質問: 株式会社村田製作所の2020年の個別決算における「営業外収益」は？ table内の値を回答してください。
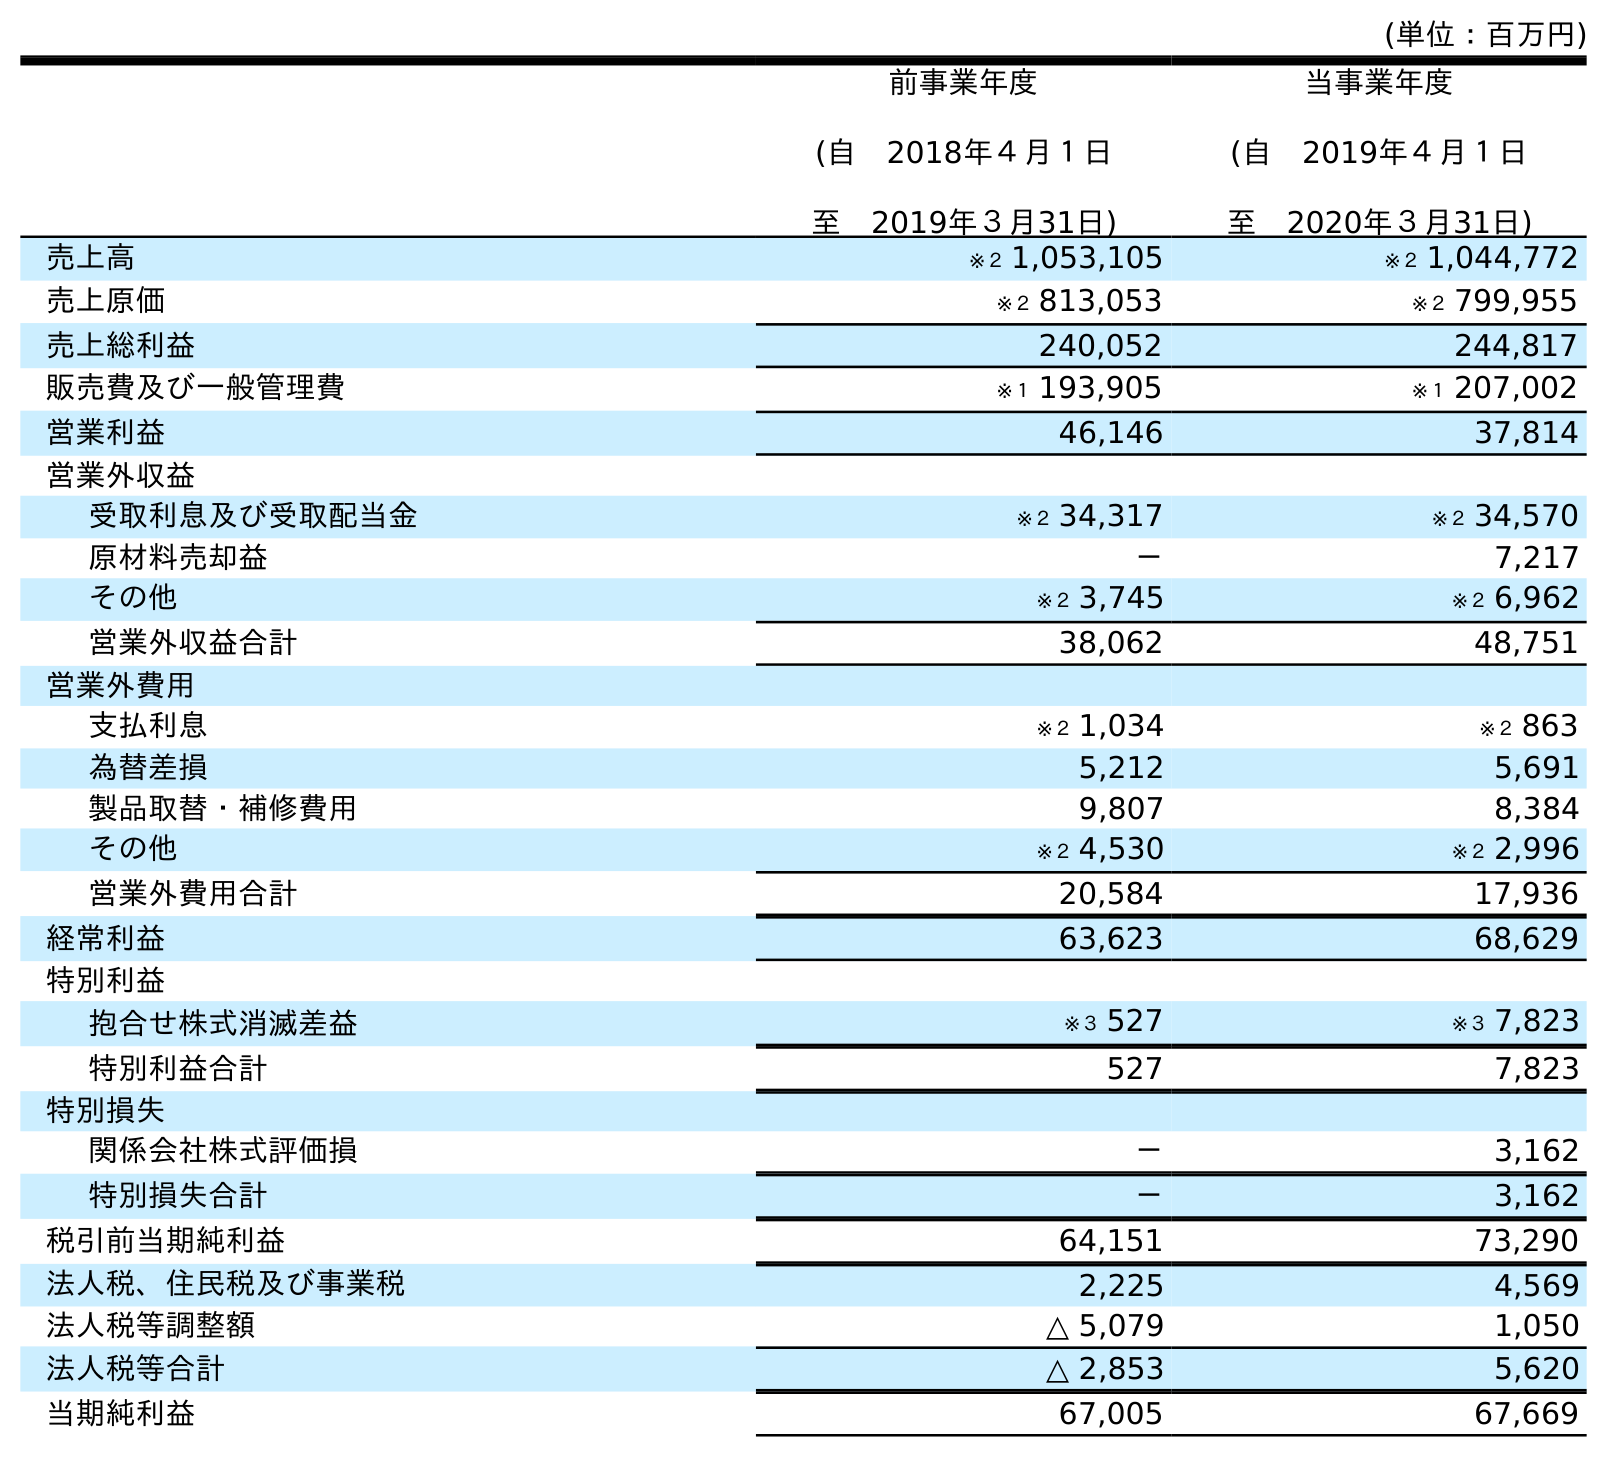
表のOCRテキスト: (単位：百万円) 前事業年度 (自 2018年４月１日 至 2019年３月31日) 当事業年度 (自 2019年４月１日 至 2020年３月31日) 売上高 ※２ 1,053,105 ※２ 1,044,772 売上原価 ※２ 813,053 ※２ 799,955 売上総利益 240,052 244,817 販売費及び一般管理費 ※１ 193,905 ※１ 207,002 営業利益 46,146 37,814 営業外収益 受取利息及び受取配当金 ※２ 34,317 ※２ 34,570 原材料売却益 － 7,217 その他 ※２ 3,745 ※２ 6,962 営業外収益合計 38,062 48,751 営業外費用 支払利息 ※２ 1,034 ※２ 863 為替差損 5,212 5,691 製品取替・補修費用 9,807 8,384 その他 ※２ 4,530 ※２ 2,996 営業外費用合計 20,584 17,936 経常利益 63,623 68,629 特別利益 抱合せ株式消滅差益 ※３ 527 ※３ 7,823 特別利益合計 527 7,823 特別損失 関係会社株式評価損 － 3,162 特別損失合計 － 3,162 税引前当期純利益 64,151 73,290 法人税、住民税及び事業税 2,225 4,569 法人税等調整額 △ 5,079 1,050 法人税等合計 △ 2,853 5,620 当期純利益 67,005 67,669
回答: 48,751